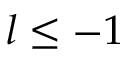
l \leq - 1